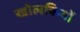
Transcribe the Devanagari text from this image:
खोलकियों